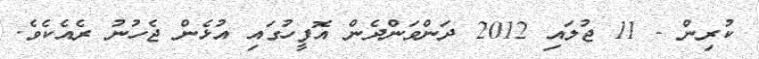
ކުރިން - 11 ޖުލައި 2012 ދަންވަންދެން އޮފީހުގައި އުޅެން ޖެހުނު ރެއެކެވެ.